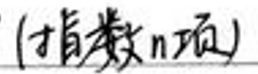
(指数\(n\)项)